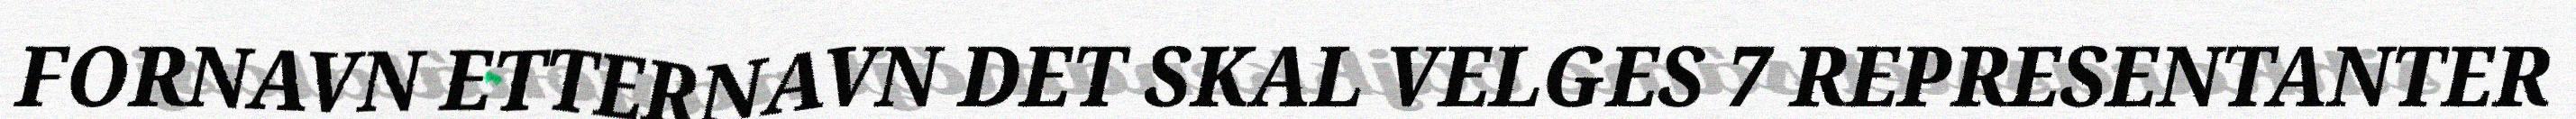
FORNAVN ETTERNAVN DET SKAL VELGES 7 REPRESENTANTER